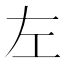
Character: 左